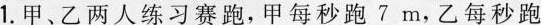
1.甲、乙两人练习赛跑，甲每秒跑7m，乙每秒跑